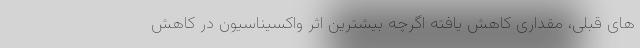
های قبلی، مقداری کاهش یافته اگرچه بیشترین اثر واکسیناسیون در کاهش